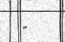
-